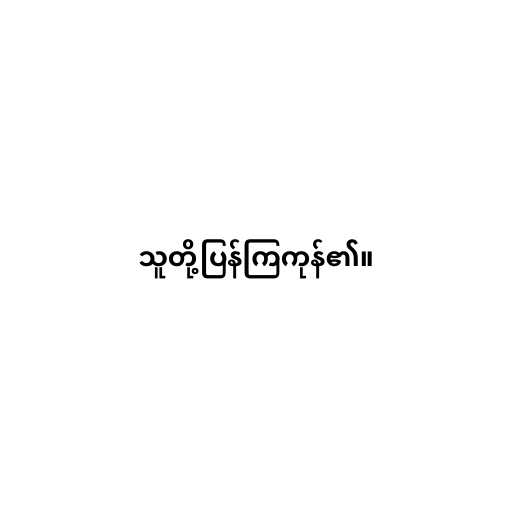
သူတို့ပြန်ကြကုန်၏။